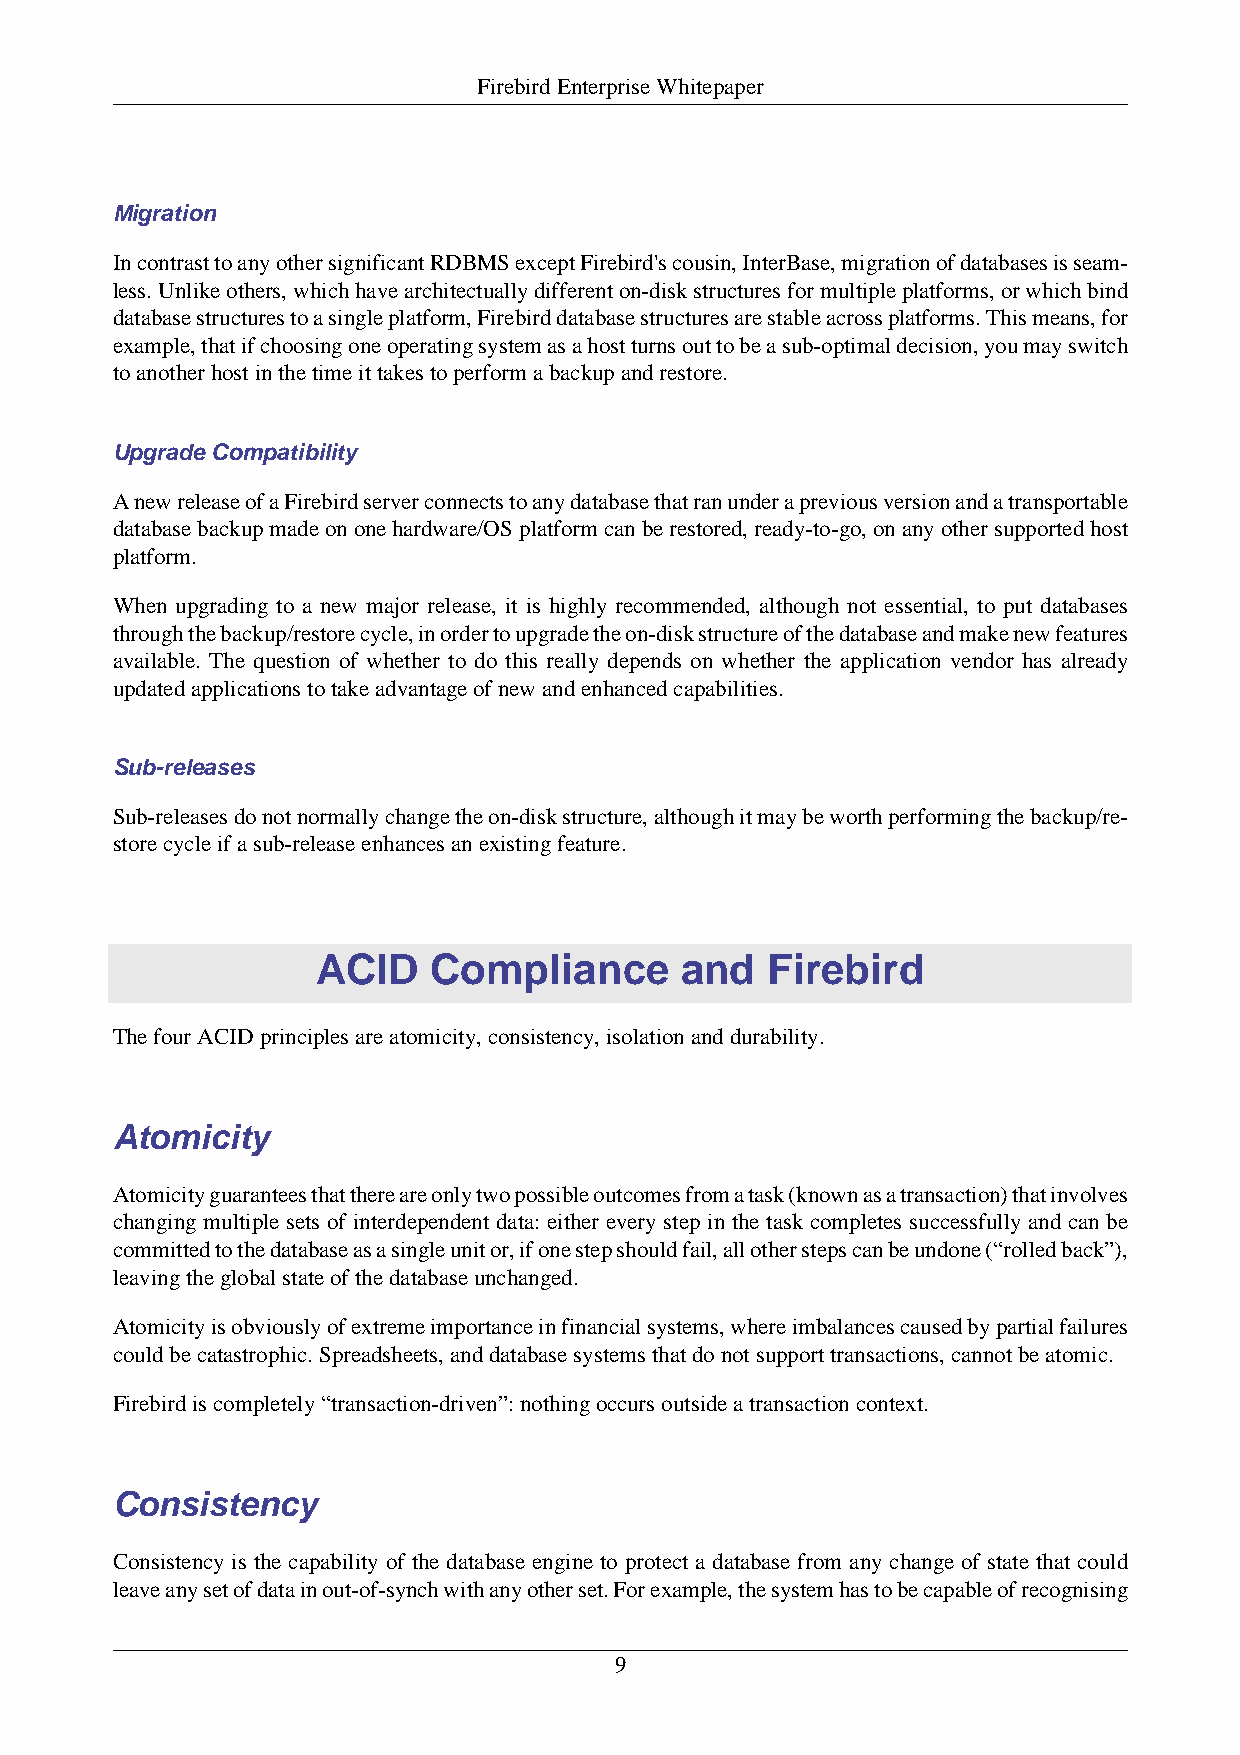
Firebird Enterprise Whitepaper
 Migration
 In contrast to any other significant RDBMS except Firebird's cousin, InterBase, migration of databases is seam-
 less. Unlike others, which have architectually different on-disk structures for multiple platforms, or which bind
 database structures to a single platform, Firebird database structures are stable across platforms. This means, for
 example, that if choosing one operating system as a host turns out to be a sub-optimal decision, you may switch
 to another host in the time it takes to perform a backup and restore.
 Upgrade Compatibility
 A new release of a Firebird server connects to any database that ran under a previous version and a transportable
 database backup made on one hardware/OS platform can be restored, ready-to-go, on any other supported host
 platform.
 When upgrading to a new major release, it is highly recommended, although not essential, to put databases
 through the backup/restore cycle, in order to upgrade the on-disk structure of the database and make new features
 available. The question of whether to do this really depends on whether the application vendor has already
 updated applications to take advantage of new and enhanced capabilities.
 Sub-releases
 Sub-releases do not normally change the on-disk structure, although it may be worth performing the backup/re-
 store cycle if a sub-release enhances an existing feature.
 ACID    Compliance      and   Firebird
 The four ACID principles are atomicity, consistency, isolation and durability.
 Atomicity
 Atomicity guarantees that there are only two possible outcomes from a task (known as a transaction) that involves
 changing multiple sets of interdependent data: either every step in the task completes successfully and can be
 committed to the database as a single unit or, if one step should fail, all other steps can be undone (“rolled back”),
 leaving the global state of the database unchanged.
 Atomicity is obviously of extreme importance in financial systems, where imbalances caused by partial failures
 could be catastrophic. Spreadsheets, and database systems that do not support transactions, cannot be atomic.
 Firebird is completely “transaction-driven”: nothing occurs outside a transaction context.
 Consistency
 Consistency is the capability of the database engine to protect a database from any change of state that could
 leave any set of data in out-of-synch with any other set. For example, the system has to be capable of recognising
 9